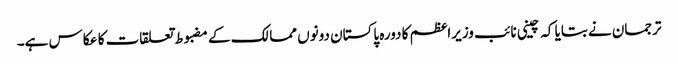
ترجمان نے بتایا کہ چینی نائب وزیراعظم کا دورہ پاکستان دونوں ممالک کے مضبوط تعلقات کا عکاس ہے۔